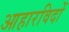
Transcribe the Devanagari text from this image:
आहारविदों